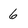
Character: 6